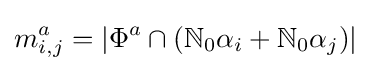
m_{i,j}^{a}=|\Phi ^{a}\cap (\mathbb {N} _{0}\alpha _{i}+\mathbb {N} _{0}\alpha _{j})|